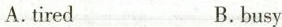
A. tired B.busy